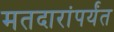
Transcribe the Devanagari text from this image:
मतदारांपर्यंत